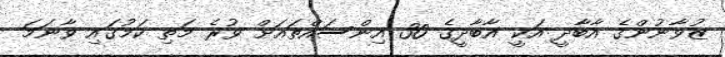
ޒުވާނުންގެ އާބާދީ އަކީ އާބާދީގެ 30 އިންސައްތައަށް ވުރެ މަތި ކަމުގައި ވާނަމަ